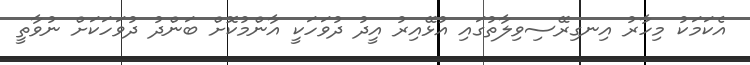
އެކަމަކު މިހާރު އިނގިރޭސިވިލާތުގައި އުޅޭއިރު އީދު ދުވަހަކީ އާންމުކޮށް ބަންދު ދުވަހަކަށް ނުވާތީ